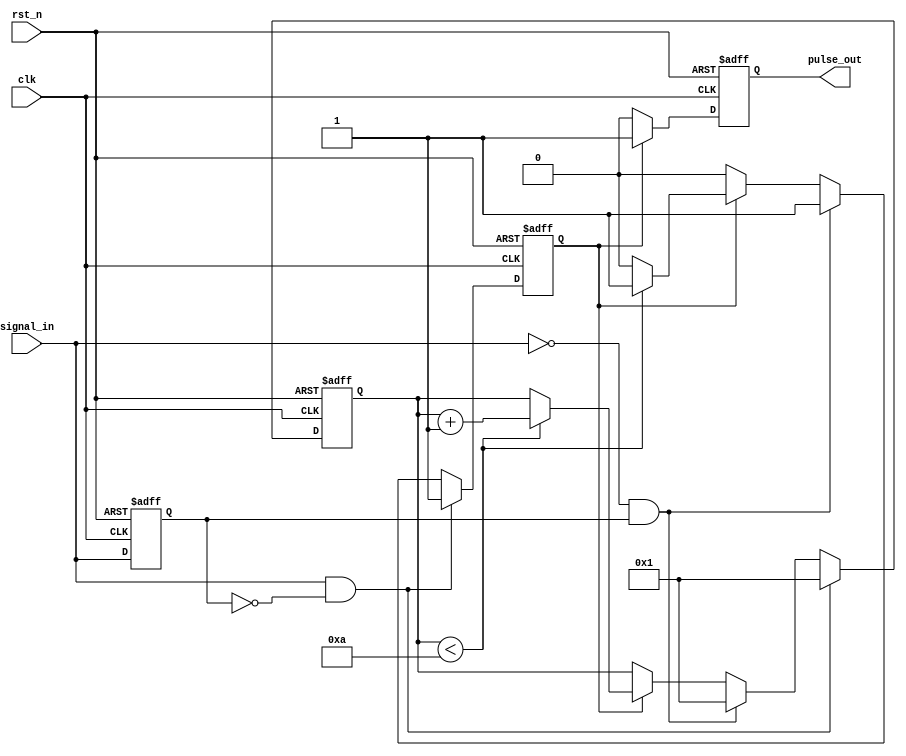
module MonostableEdgeDetector (
    input wire clk,            // Clock signal
    input wire rst_n,         // Active low reset
    input wire signal_in,     // Input signal to detect edges
    output reg pulse_out       // Output pulse
);

    // Parameters
    parameter PULSE_WIDTH = 10; // Pulse width in clock cycles

    // Internal signals
    reg signal_prev;            // Previous state of the input signal
    reg [3:0] pulse_counter;    // Counter for pulse duration
    reg pulse_active;           // Indicates if pulse is currently active

    // Edge detection and pulse generation
    always @(posedge clk or negedge rst_n) begin
        if (!rst_n) begin
            signal_prev <= 1'b0;
            pulse_out <= 1'b0;
            pulse_counter <= 4'b0000;
            pulse_active <= 1'b0;
        end else begin
            // Edge detection
            if (signal_in && !signal_prev) begin
                // Rising edge detected
                pulse_active <= 1'b1;
                pulse_counter <= 4'b0001; // Start pulse counter
            end else if (!signal_in && signal_prev) begin
                // Falling edge detected
                pulse_active <= 1'b1;
                pulse_counter <= 4'b0001; // Start pulse counter
            end else if (pulse_active) begin
                // If pulse is active, increment the counter
                if (pulse_counter < PULSE_WIDTH) begin
                    pulse_counter <= pulse_counter + 1;
                end else begin
                    // Pulse duration has expired
                    pulse_active <= 1'b0;
                end
            end
            
            // Update output pulse
            if (pulse_active) begin
                pulse_out <= 1'b1;
            end else begin
                pulse_out <= 1'b0;
            end
            
            // Store the current state as previous for next clock cycle
            signal_prev <= signal_in;
        end
    end

endmodule